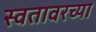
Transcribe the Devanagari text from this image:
स्वतावरच्या